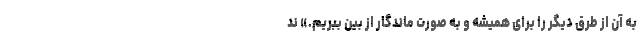
به آن از طرق دیگر را برای همیشه و به صورت ماندگار از بین ببریم.» ند